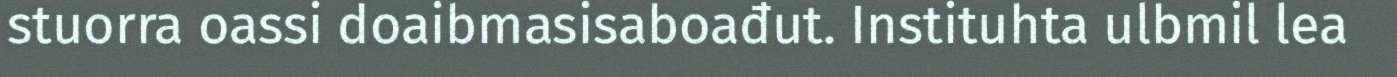
stuorra oassi doaibmasisaboađut. Instituhta ulbmil lea